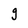
Character: g